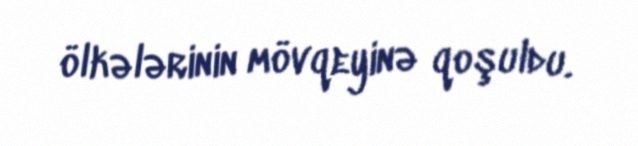
ölkələrinin mövqeyinə qoşuldu.